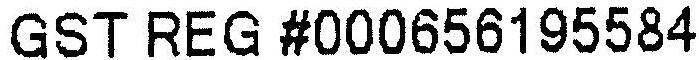
GST REG #000656195584